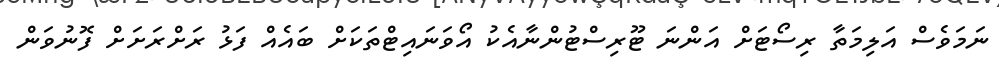
ނަމަވެސް އަލިމަތާ ރިސޯޓަށް އަންނަ ޓޫރިސްޓުންނާއެކު އޯވަނައިޓްތަކަށް ބައެއް ފަޅު ރަށްރަށަށް ފޮނުވަން